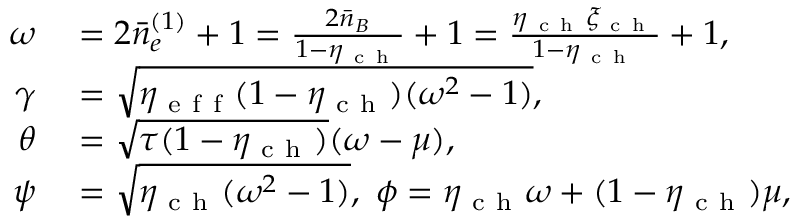
\begin{array} { r l } { \omega } & { { } = 2 \bar { n } _ { e } ^ { ( 1 ) } + 1 = \frac { 2 \bar { n } _ { B } } { 1 - \eta _ { \mathrm { ~ c ~ h ~ } } } + 1 = \frac { \eta _ { \mathrm { ~ c ~ h ~ } } \xi _ { \mathrm { ~ c ~ h ~ } } } { 1 - \eta _ { \mathrm { ~ c ~ h ~ } } } + 1 , } \\ { \gamma } & { { } = \sqrt { \eta _ { \mathrm { ~ e ~ f ~ f ~ } } ( 1 - \eta _ { \mathrm { ~ c ~ h ~ } } ) ( \omega ^ { 2 } - 1 ) } , } \\ { \theta } & { { } = \sqrt { \tau ( 1 - \eta _ { \mathrm { ~ c ~ h ~ } } ) } ( \omega - \mu ) , } \\ { \psi } & { { } = \sqrt { \eta _ { \mathrm { ~ c ~ h ~ } } ( \omega ^ { 2 } - 1 ) } , ~ \phi = \eta _ { \mathrm { ~ c ~ h ~ } } \omega + ( 1 - \eta _ { \mathrm { ~ c ~ h ~ } } ) \mu , } \end{array}